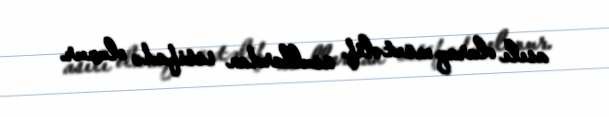
asılı olaraq müxtəlif üsullardan istifadə olunur.